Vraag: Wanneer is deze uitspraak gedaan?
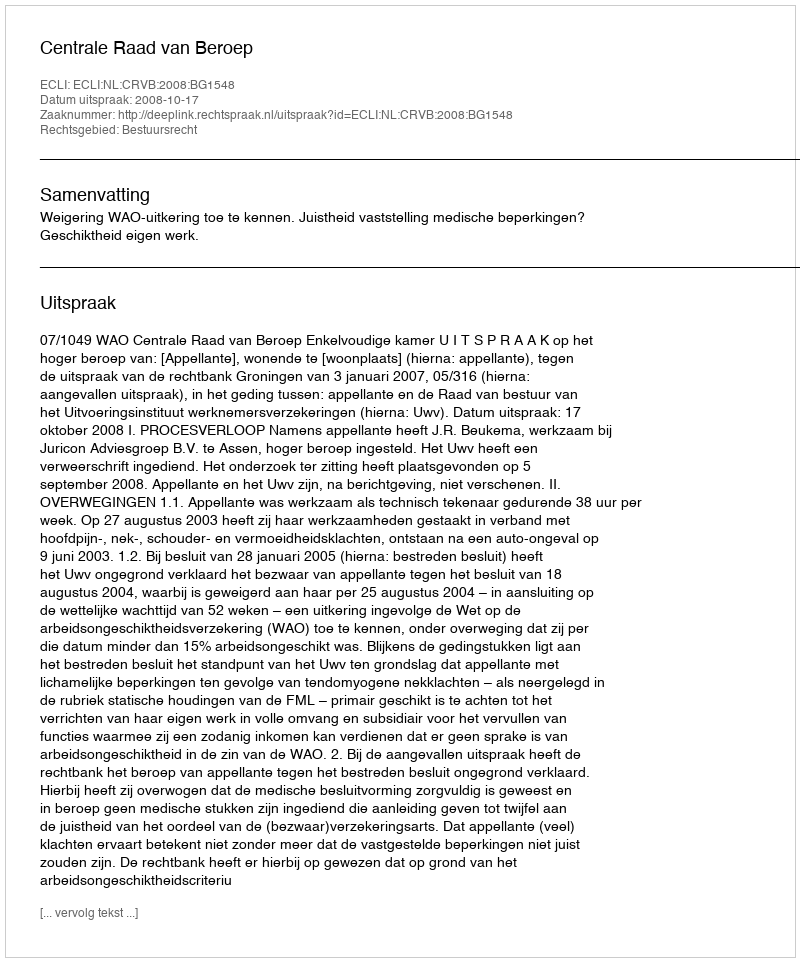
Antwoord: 2008-10-17